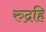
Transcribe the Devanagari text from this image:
रुद्रहि